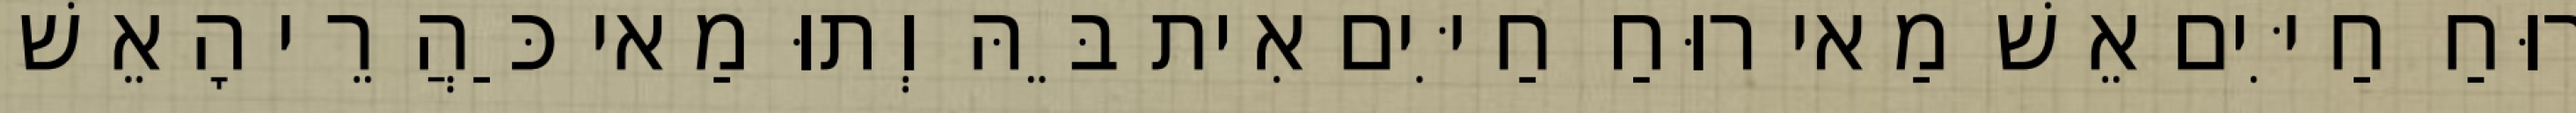
רוּחַ חַיִּים אֵשׁ מַאי רוּחַ חַיִּים אִית בֵּהּ וְתוּ מַאי כַּהֲרֵי הָאֵשׁ